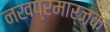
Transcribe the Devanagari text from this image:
नखप्रमार्जक